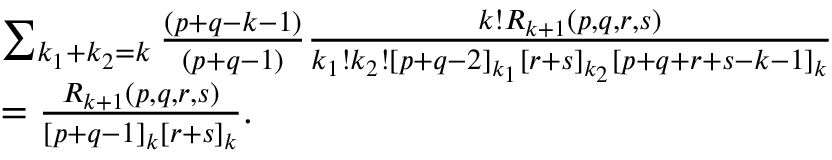
\begin{array} { r l } & { \sum _ { k _ { 1 } + k _ { 2 } = k } \frac { ( p + q - k - 1 ) } { ( p + q - 1 ) } \frac { k ! R _ { k + 1 } ( p , q , r , s ) } { k _ { 1 } ! k _ { 2 } ! [ p + q - 2 ] _ { k _ { 1 } } [ r + s ] _ { k _ { 2 } } [ p + q + r + s - k - 1 ] _ { k } } } \\ & { = \frac { R _ { k + 1 } ( p , q , r , s ) } { [ p + q - 1 ] _ { k } [ r + s ] _ { k } } . } \end{array}